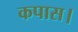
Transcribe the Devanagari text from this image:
कपास।